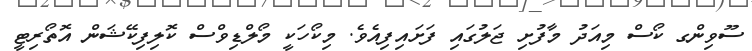
ސޫވިންގ ކޯސް މިއަދު މާފުށި ޖަލުގައި ފަށައިފިއެވެ. މިކޯހަކީ މޯލްޑިވްސް ކޮލިފިކޭޝަން އޮތޯރިޓީ